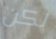
لكن